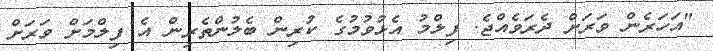
"އަހަރެން ވަރަށް ދެރަވެއްޖެ. ފިލްމު އެޅުވުމުގެ ކުރިން ބެލުންތެރިން އެ ފިލްމަށް ވަރަށް